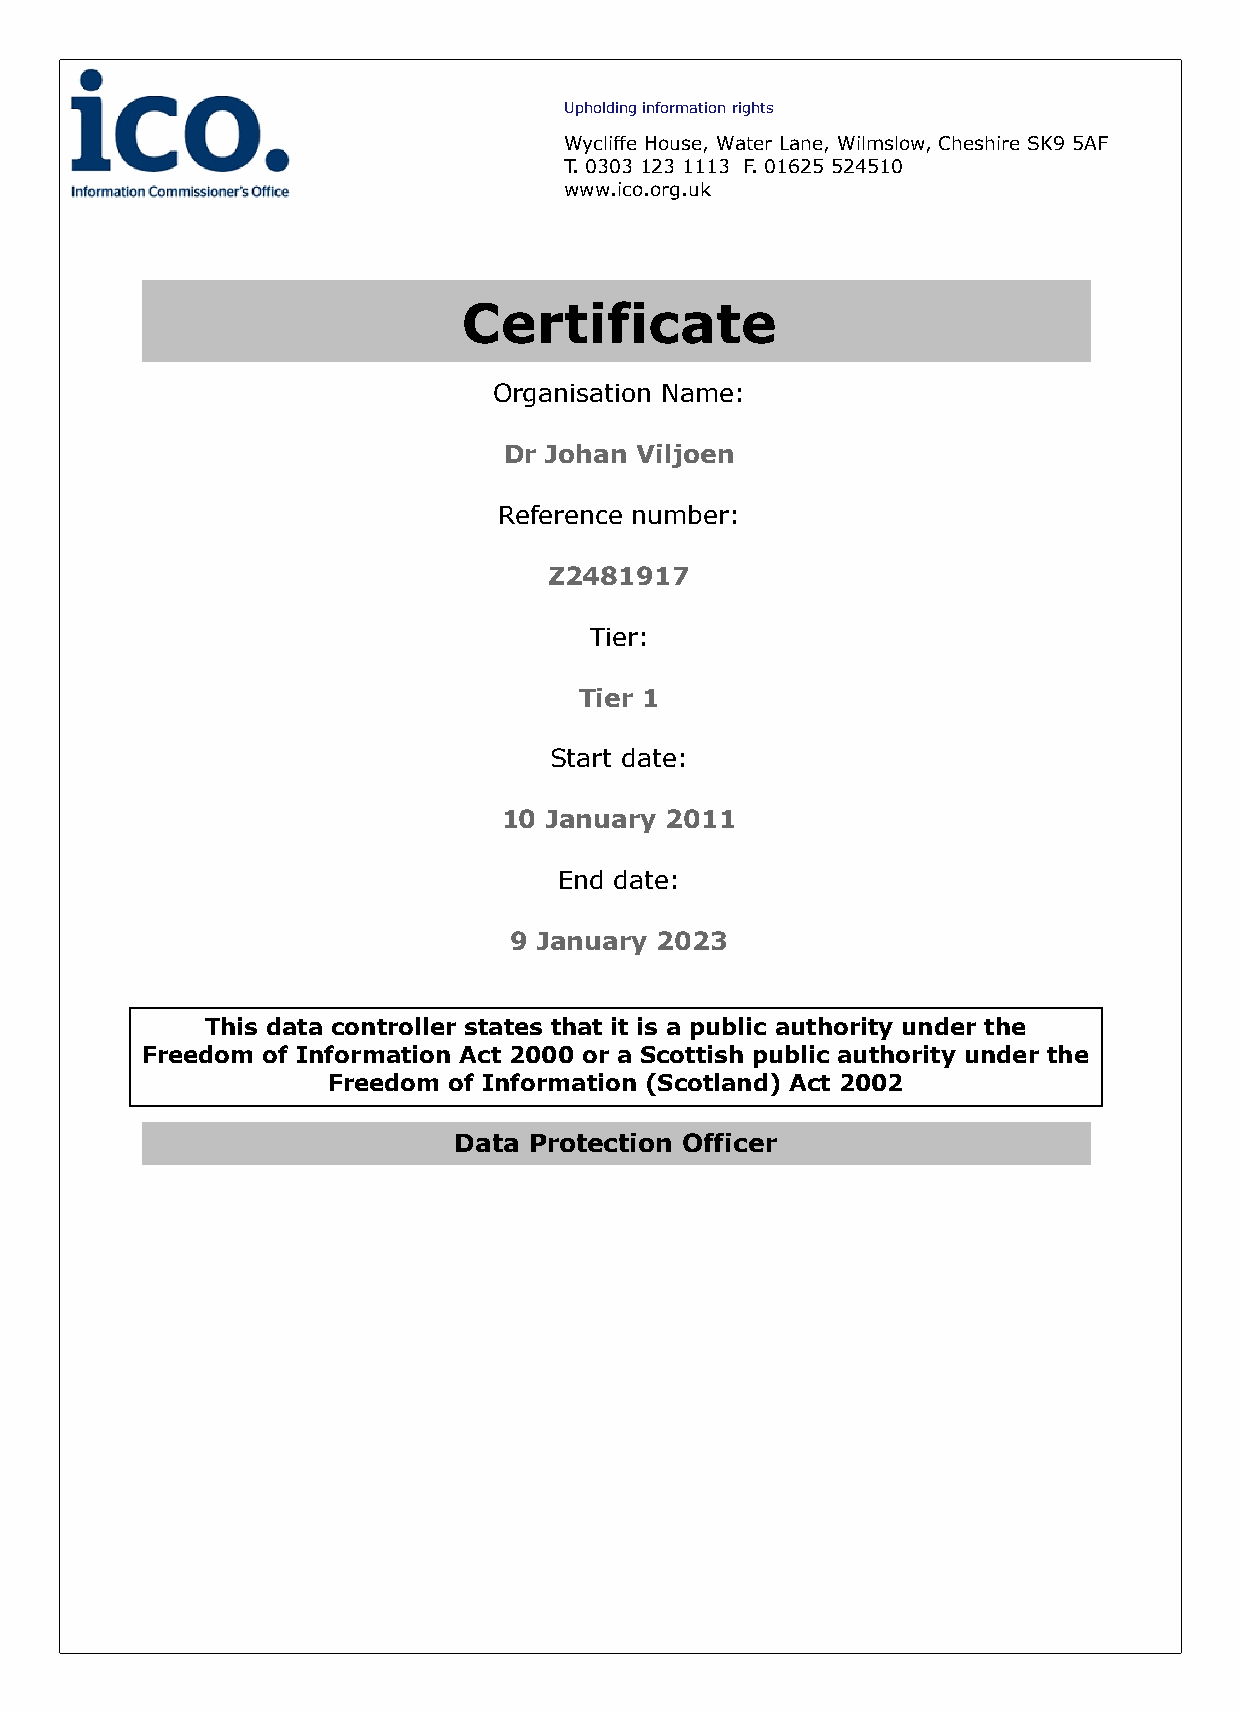
Upholding information rights
 Wycliffe House, Water Lane, Wilmslow, Cheshire SK9 5AF
 T. 0303 123 1113 F. 01625 524510
 www.ico.org.uk
 Certificate
 Organisation Name:
 Dr Johan Viljoen
 Reference number:
 Z2481917
 Tier:
 Tier 1
 Start date:
 10 January 2011
 End date:
 9 January 2023
 This data controller states that it is a public authority under the
 Freedom of Information Act 2000 or a Scottish public authority under the
 Freedom of Information (Scotland) Act 2002
 Data Protection Officer